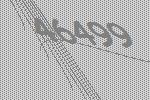
46499